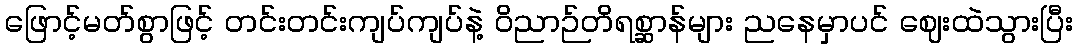
ဖြောင့်မတ်စွာဖြင့် တင်းတင်းကျပ်ကျပ်နဲ့ ဝိညာဉ်တိရစ္ဆာန်များ ညနေမှာပင် ဈေးထဲသွားပြီး